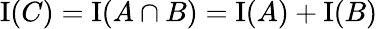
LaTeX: \operatorname{I}(C)=\operatorname{I}(A\cap B)=\operatorname{I}(A)+\operatorname{I}(B)